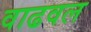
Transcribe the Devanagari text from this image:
वाढवल